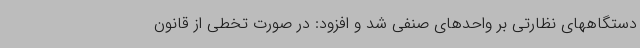
دستگاههای نظارتی بر واحدهای صنفی شد و افزود: در صورت تخطی از قانون